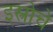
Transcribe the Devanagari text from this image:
इस्त्रोचे